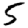
Digit: 5